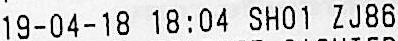
19-04-18 18:04 SH01 ZJ86